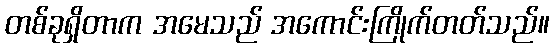
တစ်ခုရှိတာက အမေသည် အကောင်းကြိုက်တတ်သည်။